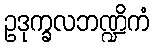
ဥဒုက္ခလဘဏ္ဍိကံ